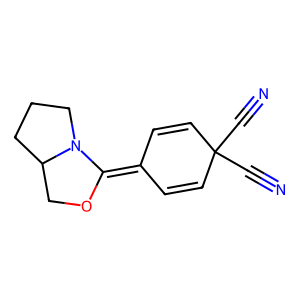
SMILES: N#CC1(C#N)C=CC(=C2OCC3CCCN23)C=C1
Inhibits HIV replication: No